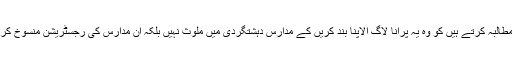
ہم دیوبند کے وفاق المدارس سے بھی یہ مطالبہ کرتے ہیں کو وہ یہ پرانا لاگ الاپنا بند کریں کے مدارس دہشتگردی میں ملوث نہیں بلکہ ان مدارس کی رجسٹریشن منسوخ کر کے ان کے خلاف تادیبی کاروائی کرے۔